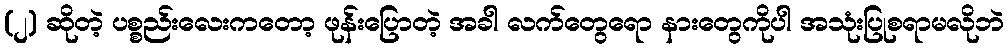
(၂) ဆိုတဲ့ ပစ္စည်းလေးကတော့ ဖုန်းပြောတဲ့ အခါ လက်တွေရော နားတွေကိုပါ အသုံးပြုစရာမလိုဘဲ